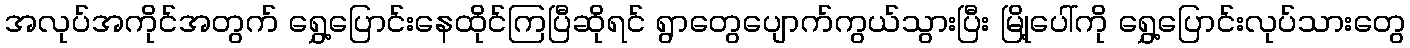
အလုပ်အကိုင်အတွက် ရွှေ့ပြောင်းနေထိုင်ကြပြီဆိုရင် ရွာတွေပျောက်ကွယ်သွားပြီး မြို့ပေါ်ကို ရွှေ့ပြောင်းလုပ်သားတွေ